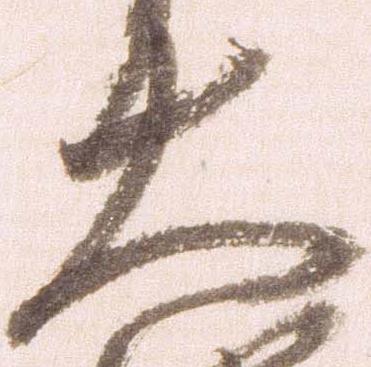
大